Civil Veterinary Department. United Provinces 1932-42 - 1932-1942
Year: 1932
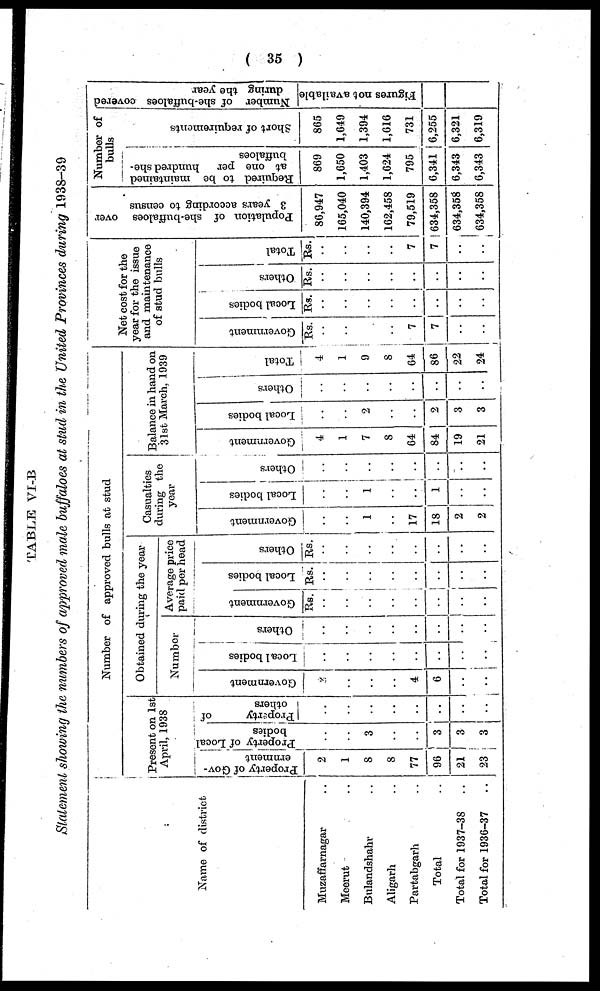
( 35 )
TABLE VI-B
Statement showing the numbers of approved male buffaloes at stud in the United Provinces during 1938-39
Name of district
Muzaffarnagar ..
Meerut ..
Bulandshahr ..
Aligarh ..
Partabgarh ..
Total ..
Total for 1937-38
..
Total for 1936-37
..
Number of approved bulls at stud
Present on. 1st
April, 1938
Property of Gov-
ernment
2
1
8
8
77
96
21
23
Property of Local
bodies
..
..
3
..
..
..
3
3
Property
of
others
..
..
..
..
..
..
..
..
Obtained during the year
Number
Government
2
..
..
..
4
6
..
..
Local bodies
..
..
..
..
..
..
..
..
Others
..
..
..
..
..
..
..
..
Average price
paid per head
Government
Rs.
..
..
..
..
..
..
..
..
Local bodies
Rs.
..
..
..
..
..
..
..
.. ..
Others
Rs.
..
..
..
..
..
..
..
..
Casualties
during the
year
Government
..
..
1
..
17
18
2
2
Local bodies
..
..
1
..
..
1
..
.. ..
Others
..
..
..
..
..
..
..
..
Balance in hand on
31st March, 1939
Government
4
1
7
8
64
84
19
21
Local bodies
..
..
2
..
..
2
3
3
Others
..
..
..
..
..
..
..
..
Total
4
1
9
8
64
86
22
24
Net cost for the
year for the issue
and maintenance
of stud bulls
Government
Rs.
..
..
..
..
7
7
..
..
Local bodies
Rs.
..
..
..
..
..
..
..
..
Others
Rs.
..
..
..
..
..
..
..
..
Total
Rs.
..
..
..
..
7
7
..
..
Population of she-buffaloes over
3 years according to census
86,947
165,040
140,394
162,458
79,519
634,358
634,358
634,358
Number of
bulls
Required to be maintained
at one per
hundred she-
buffaloes
869
1,650
1,403
1,624
795
6,341
6,343
6,343
Short of requirements
865
1,649
1,394
1,616
731
6,255
6,321
6,319
Number of she-buffaloes covered
during the year
Figures not available